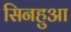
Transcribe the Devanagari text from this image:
सिनहुआ